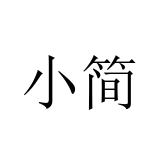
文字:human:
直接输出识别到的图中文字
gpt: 小简